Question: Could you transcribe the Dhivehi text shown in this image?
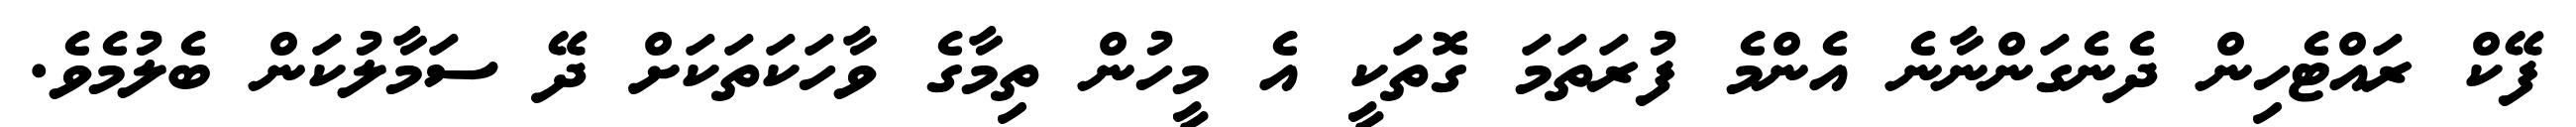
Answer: ފޭކް ރައްޓެހިން ދެނެގަންނާނެ އެންމެ ފުރަތަމަ ގޮތަކީ އެ މީހުން ތިމާގެ ވާހަކަތަކަށް ދޭ ސަމާލުކަން ބެލުމެވެ.